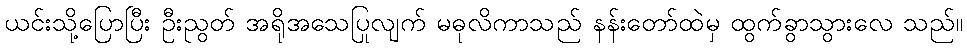
ယင်းသို့ပြောပြီး ဦးညွတ် အရိုအသေပြုလျက် မဓုလိကာသည် နန်းတော်ထဲမှ ထွက်ခွာသွားလေ သည်။